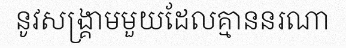
នូវសង្គ្រាមមួយដែលគ្មាននរណា